Vaccination in the Punjab 1883-1896 - 1883-1896
Year: 1883
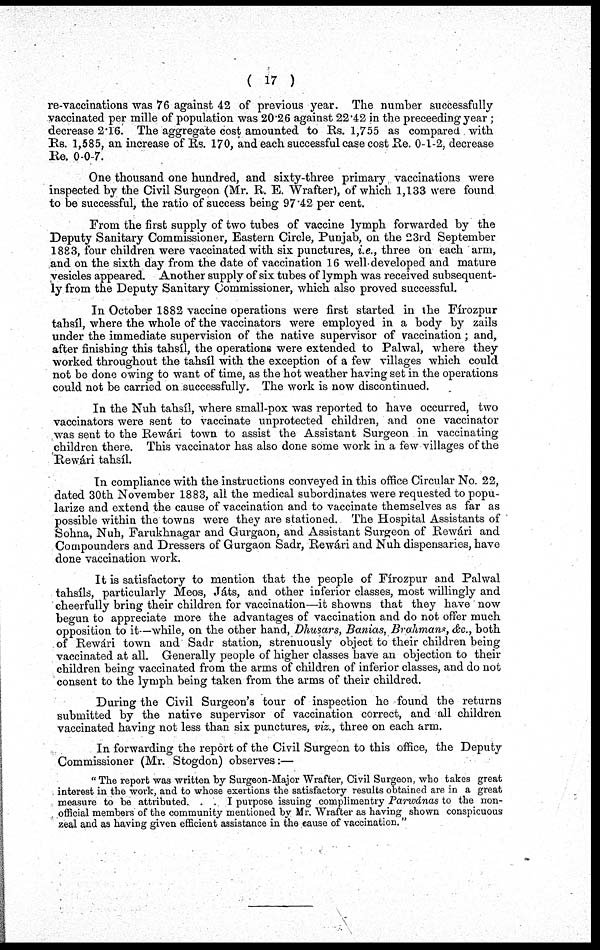
( 17 )
re-vaccinations was 76 against 42 of previous year. The number successfully
vaccinated per mille of population was 20.26 against 22.42 in the preceeding year ;
decrease 2.16. The aggregate cost amounted to Rs. 1,755 as compared with
Rs. 1,585, an increase of Rs. 170, and each successful case cost Re. 0-1-2, decrease
Re. 0-0-7.
One thousand one hundred, and sixty-three primary vaccinations were
inspected by the Civil Surgeon (Mr. R. E. Wrafter), of which 1,133 were found
to be successful, the ratio of success being 97.42 per cent.
From the first supply of two tubes of vaccine lymph forwarded by the
Deputy Sanitary Commissioner, Eastern Circle, Punjab, on the 23rd September
1883, four children were vaccinated with six punctures, i.e., three on each arm,
and on the sixth day from the date of vaccination 16 well-developed and mature
vesicles appeared. Another supply of six tubes of lymph was received subsequent-
ly from the Deputy Sanitary Commissioner, which also proved successful.
In October 1882 vaccine operations were first started in the Fírozpur
tahsíl, where the whole of the vaccinators were employed in a body by zails
under the immediate supervision of the native supervisor of vaccination; and,
after finishing this tahsíl, the operations were extended to Palwal, where they
worked throughout the tahsíl with the exception of a few villages which could
not be done owing to want of time, as the hot weather having set in the operations
could not be carried on successfully. The work is now discontinued.
In the Nuh tahsíl, where small-pox was reported to have occurred, two
vaccinators were sent to vaccinate unprotected children, and one vaccinator
was sent to the Rewári town to assist the Assistant Surgeon in vaccinating
children there. This vaccinator has also done some work in a few villages of the
Rewári tahsíl.
In compliance with the instructions conveyed in this office Circular No. 22,
dated 30th November 1883, all the medical subordinates were requested to popu-
larize and extend the cause of vaccination and to vaccinate themselves as far as
possible within the towns were they are stationed. The Hospital Assistants of
Sohna, Nuh, Farukhnagar and Gurgaon, and Assistant Surgeon of Rewári and
Compounders and Dressers of Gurgaon Sadr, Rewári and Nuh dispensaries, have
done vaccination work.
It is satisfactory to mention that the people of Fírozpur and Palwal
tahsíls, particularly Meos, Játs, and other inferior classes, most willingly and
cheerfully bring their children for vaccination—it showns that they have now
begun to appreciate more the advantages of vaccination and do not offer much
opposition to it—while, on the other hand, Dhusars, Banias, Brahmans, &c., both
of Rewári town and Sadr station, strenuously object to their children being
vaccinated at all. Generally people of higher classes have an objection to their
children being vaccinated from the arms of children of inferior classes, and do not
consent to the lymph being taken from the arms of their childred.
During the Civil Surgeon's tour of inspection he found the returns
submitted by the native supervisor of vaccination correct, and all children
vaccinated having not less than six punctures, viz., three on each arm.
In forwarding the report of the Civil Surgeon to this office, the Deputy
Commissioner (Mr. Stogdon) observes:—
" The report was written by Surgeon-Major Wrafter, Civil Surgeon, who takes great
interest in the work, and to whose exertions the satisfactory results obtained are in a great
measure to be attributed. . . I purpose issuing complimentry Parwánas to the non-
official members of the community mentioned by Mr. Wrafter as having shown conspicuous
zeal and as having given efficient assistance in the cause of vaccination."